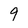
Character: 9